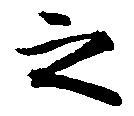
之